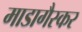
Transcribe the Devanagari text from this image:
माडागैस्कर